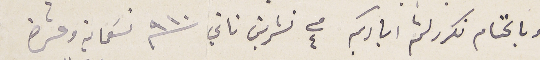
وبالختام نكرر لثم اياديكم فى ٤ تشرين ثاني  ٩١٠ تسعماية وعشرة